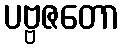
ပဗ္ဗဇတော